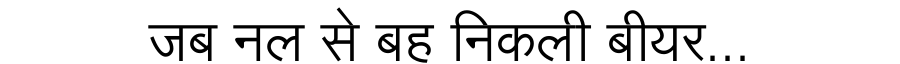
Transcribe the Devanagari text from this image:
जब नल से बह निकली बीयर...